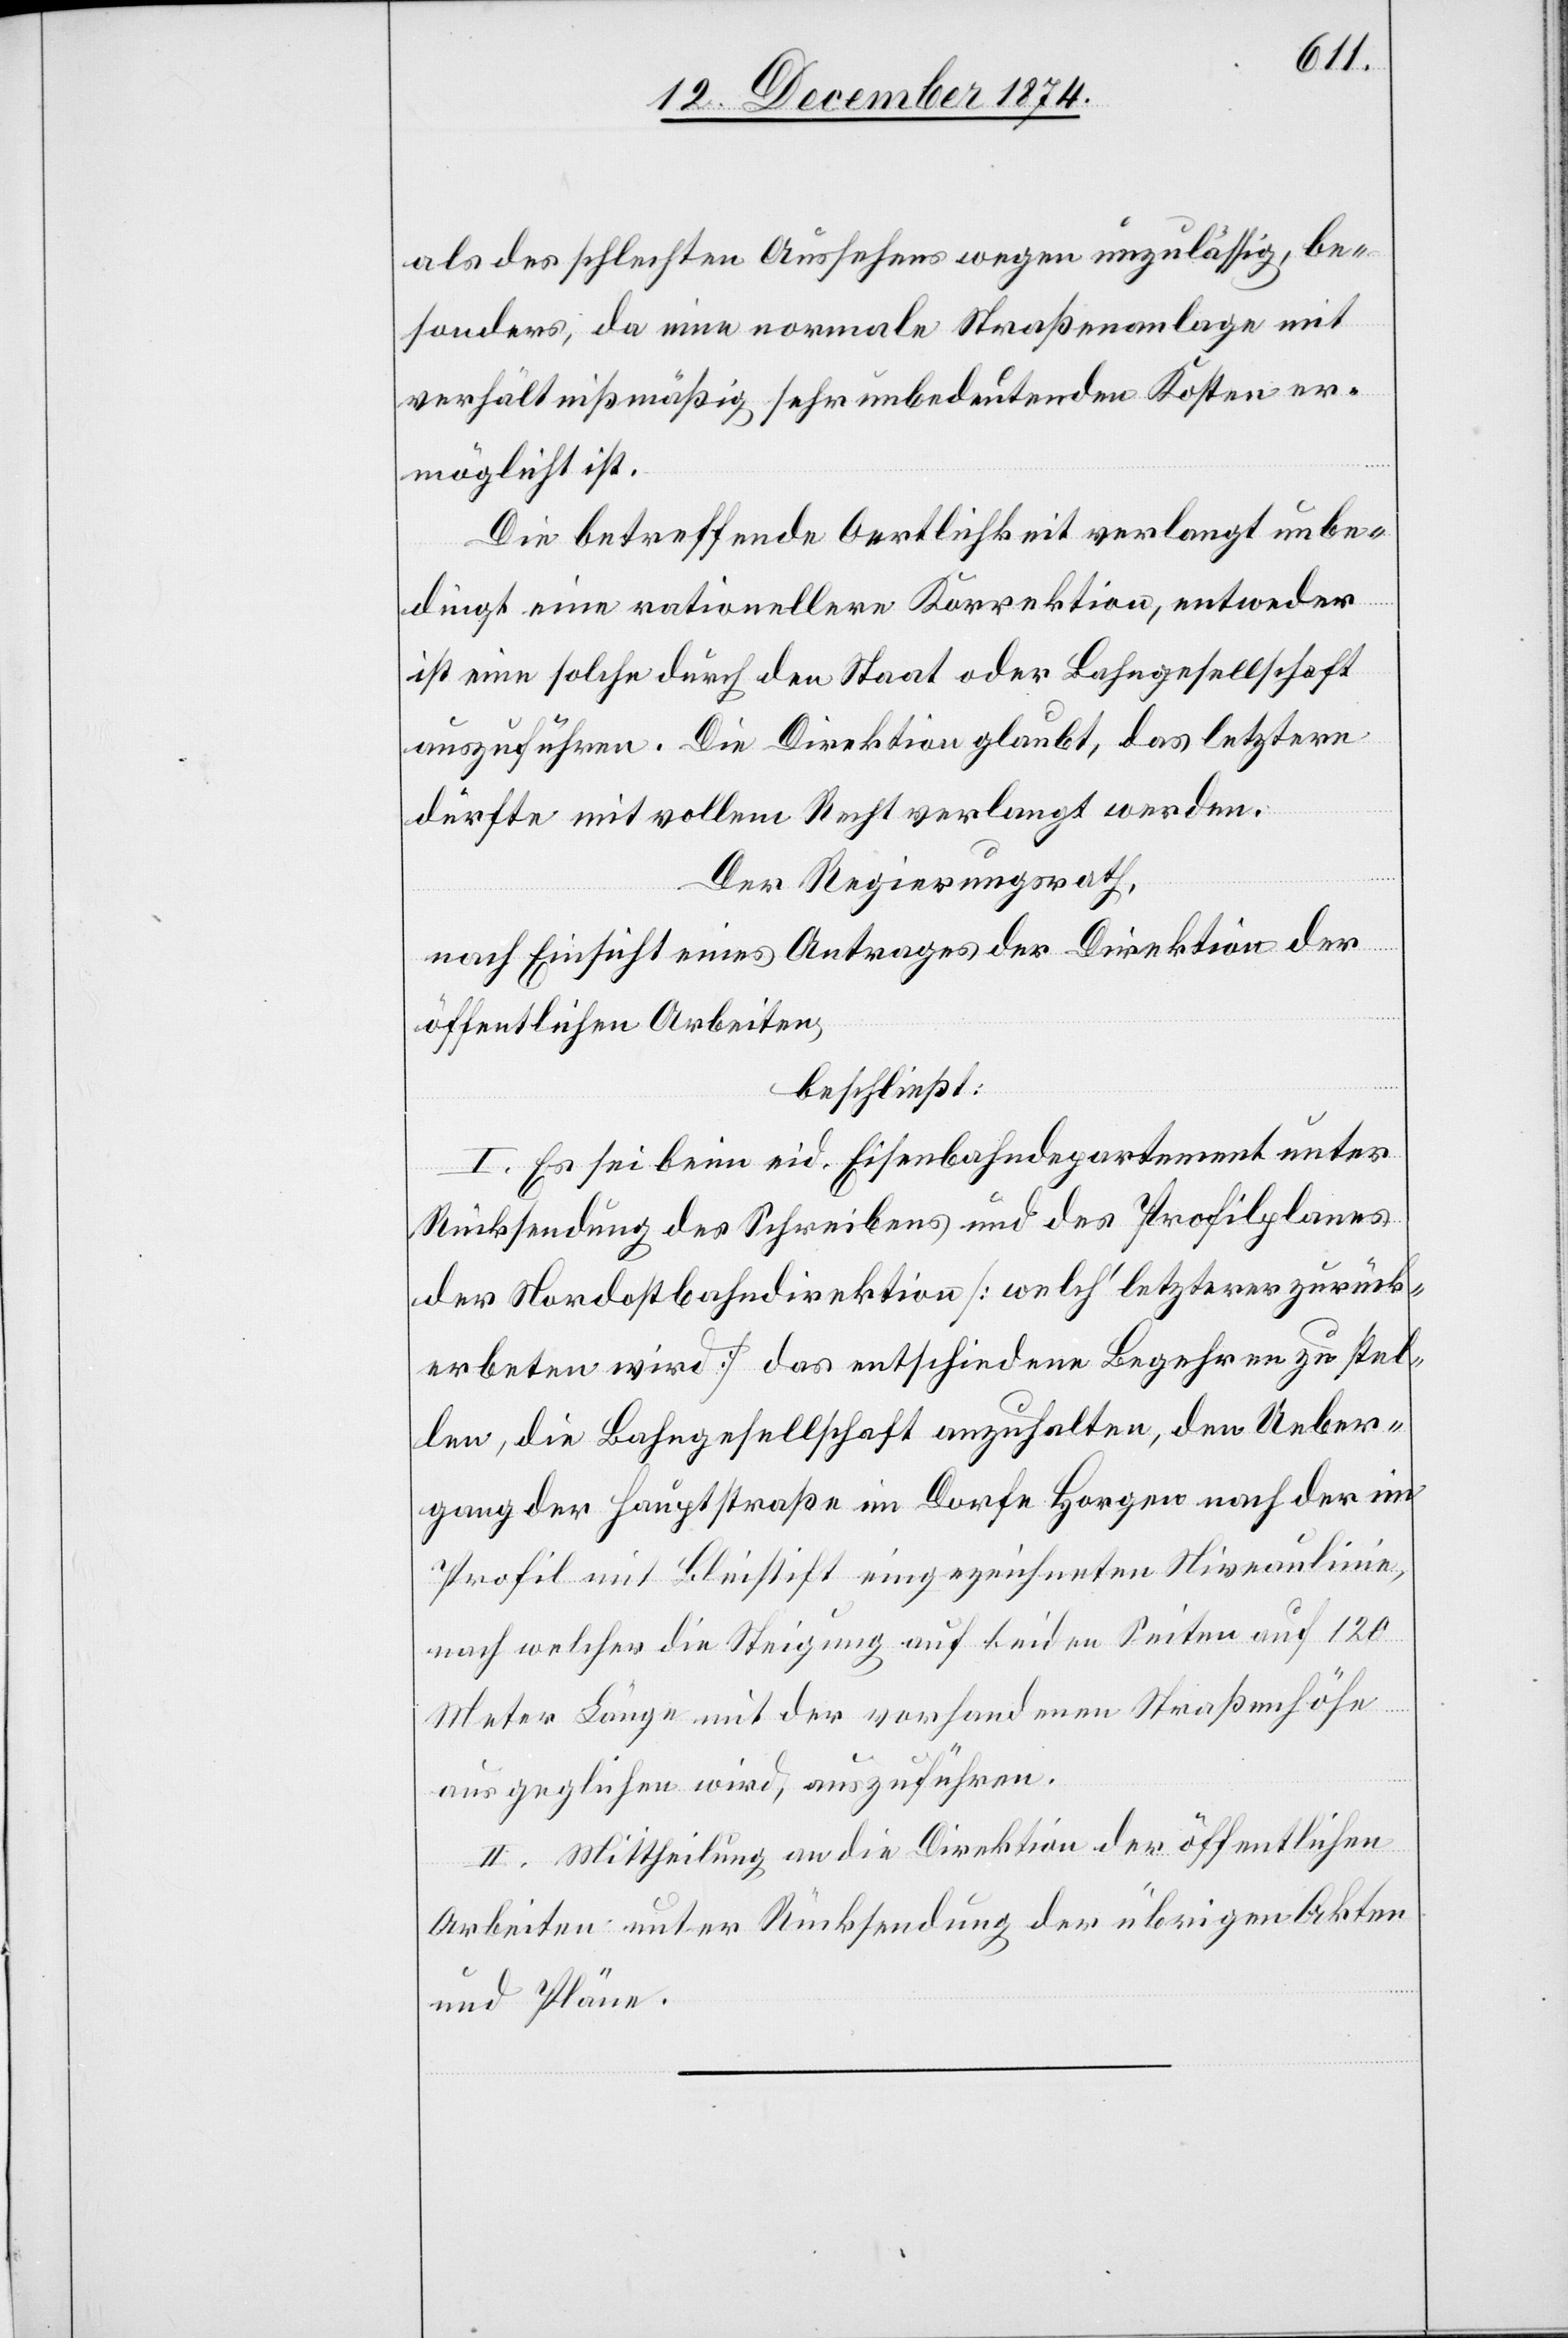
als des schlechten Aussehens wegen unzulässig, be¬
sonders, da eine normale Straßenanlage mit
verhältnißmäßig sehr unbedeutenden Kosten er¬
möglicht ist.
Die betreffende Oertlichkeit verlangt unbe¬
dingt eine rationellere Korrektion, entweder
ist eine solche durch den Staat oder Bahngesellschaft
auszuführen. Die Direktion glaubt, das letztere
dürfte mit vollem Recht verlangt werden.
Der Regierungsrath,
nach Einsicht eines Antrages der Direktion der
öffentlichen Arbeiten,
beschließt:
I. Es sei kein eid. Eisenbahndepartement unter
Rücksendung des Schreibens und des Profilplanes
der Nordostbahndirektion [welch’letzterer zurück¬
erbeten wird] das entschiedene Begehren zu stel¬
len, die Bahngesellschaft anzuhalten, den Ueber¬
gang der Hauptstraße im Dorfe Horgen nach der im
Profil mit Bleistift eingezeichneten Niveaulinie,
nach welcher die Steigung auf beiden Seiten auf 120
Meter Länge mit der vorhandenen Straßenhöhe
ausgeglichen wird, auszuführen.
II. Mittheilung an die Direktion der öffentlichen
Arbeiten unter Rücksendung der übrigen Akten
und Pläne.